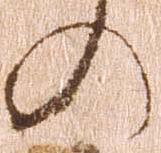
の